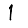
Digit: 1